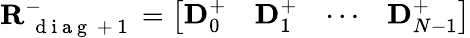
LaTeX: \mathbf{R}_{\mathrm{~{~d~i~a~g~}~+~1~}}^{-}=\left[\begin{array}{llll}{\mathbf{D}_{0}^{+}}&{\mathbf{D}_{1}^{+}}&{\cdots}&{\mathbf{D}_{N-1}^{+}}\end{array}\right]